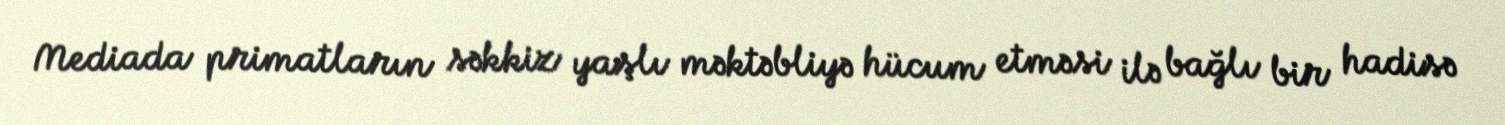
Mediada primatların səkkiz yaşlı məktəbliyə hücum etməsi ilə bağlı bir hadisə